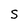
Character: S